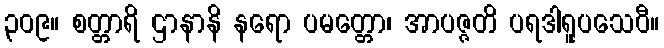
၃၀၉။ စတ္တာရိ ဌာနာနိ နရော ပမတ္တော၊ အာပဇ္ဇတိ ပရဒါရူပသေဝီ။